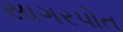
સાગરપોત